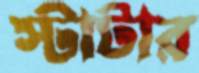
স্টাটার